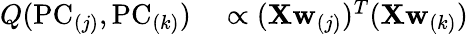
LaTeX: \begin{array}{rl}{Q(\mathrm{PC}_{(j)},\mathrm{PC}_{(k)})}&{{}\propto(\mathbf{X}\mathbf{w}_{(j)})^{T}(\mathbf{X}\mathbf{w}_{(k)})}\end{array}